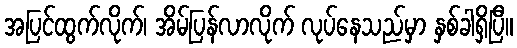
အပြင်ထွက်လိုက်၊ အိမ်ပြန်လာလိုက် လုပ်နေသည်မှာ နှစ်ခါရှိပြီ။